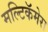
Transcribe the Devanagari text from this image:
मल्टिकॅमेरा